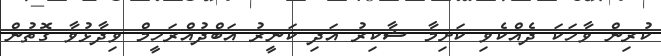
ކުރިން ވާހަކަ ދެއްކެވި ކަށިމާ ޝާކިރު އަދި ކަނީރު އަބްދުއްރަހީމް ވިދާޅުވާ ގޮތުން